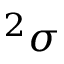
{ ^ 2 } \sigma